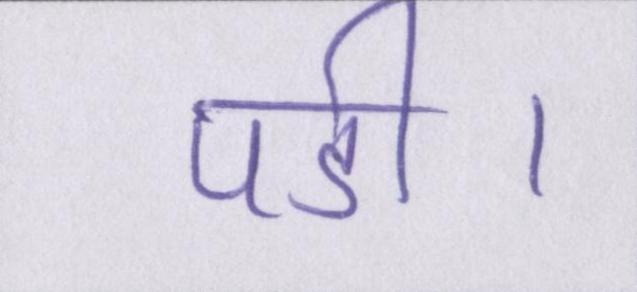
पडी।